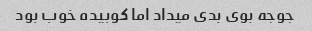
جوجه بوی بدی میداد اما کوبیده خوب بود